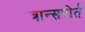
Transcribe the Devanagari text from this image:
त्रान्सपोर्त